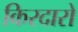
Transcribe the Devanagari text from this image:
किरदारो